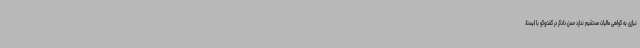
نیازی به گواهی مالیات مستقیم ندارد حسن دادگر در گفت‌وگو با ایسنا،